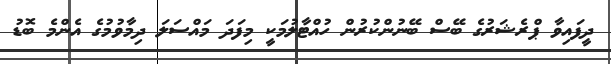
ދީފައިވާ ޕްރެޝަރުގެ ބޭސް ބޭނުންކުރުން ހުއްޓާލުމަކީ މިފަދަ މައްސަލަ ދިމާވުމުގެ އެންމެ ބޮޑު